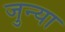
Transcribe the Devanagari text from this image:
जुन्‍या